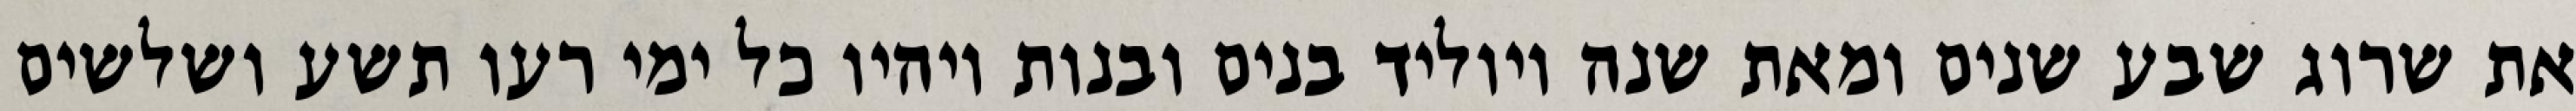
את שרוג שבע שנים ומאת שנה ויוליד בנים ובנות ויהיו כל ימי רעו תשע ושלשים